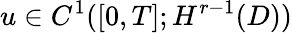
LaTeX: u\in C^{1}([0,T];H^{r-1}(D))